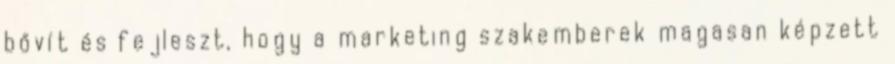
bővít és fejleszt, hogy a marketing szakemberek magasan képzett